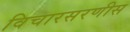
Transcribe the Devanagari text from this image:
विचारसरणीस